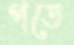
পতে